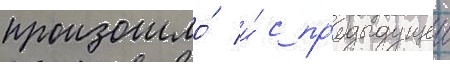
произошло́ и́ с пр'едыдущеи